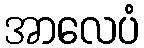
အာလေပံ